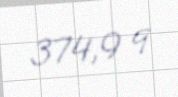
374,9 q